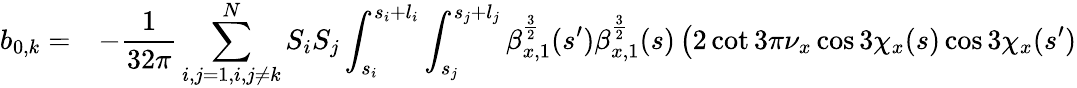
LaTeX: \begin{array}{cl}{\displaystyle b_{0,k}=}&{\displaystyle-\frac{1}{32\pi}\sum_{i,j=1,i,j\neq k}^{N}{S_{i}S_{j}\int_{s_{i}}^{s_{i}+l_{i}}\int_{s_{j}}^{s_{j}+l_{j}}{\beta_{x,1}^{\frac{3}{2}}(s^{\prime})\beta_{x,1}^{\frac{3}{2}}(s)\left(2\cot{3\pi\nu_{x}}\cos{3\chi_{x}(s)}\cos{3\chi_{x}(s^{\prime})}\right.}}}\end{array}